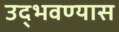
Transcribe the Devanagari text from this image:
उद्भवण्यास